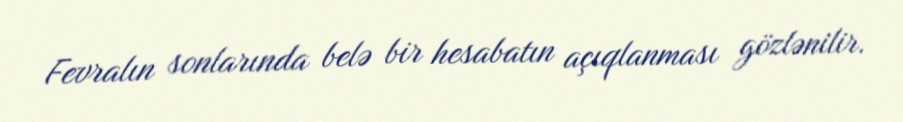
Fevralın sonlarında belə bir hesabatın açıqlanması gözlənilir.